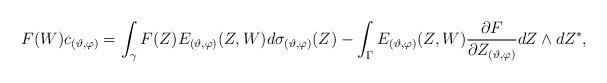
LaTeX: \begin{align*} & F(W)c_{(\vartheta,\varphi)} =\int_{\gamma } F (Z )E_{(\vartheta, \varphi)} (Z , W )d\sigma_{(\vartheta, \varphi)}(Z ) - \int_{\Gamma} E_{(\vartheta , \varphi)}(Z ,W ) \frac{\partial F }{\partial Z_{(\vartheta,\varphi)}} dZ\wedge dZ^{*},\end{align*}